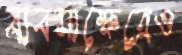
ব্যবসাক্ষেত্রেও